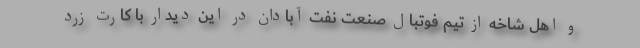
و اهل شاخه از تیم فوتبال صنعت نفت آبادان در این دیدار با کارت زرد